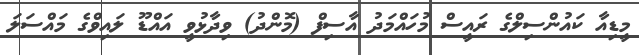
މީޑިއާ ކައުންސިލްގެ ރައީސް މުހައްމަދު އާސިފް (މޮންދު) ވިދާޅުވީ އައްޑޫ ލައިވްގެ މައްސަލަ